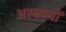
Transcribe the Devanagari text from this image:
अस्वस्थों